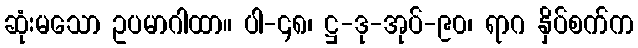
ဆုံးမသော ဥပမာဂါထာ။ ပါ-၄၈၊ ဋ္ဌ-ဒု-အုပ်-၉၀၊ ရာဂ နှိပ်စက်က